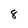
Character: 8